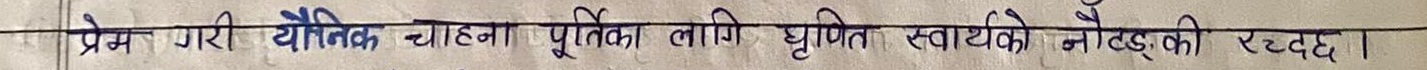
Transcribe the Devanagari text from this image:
प्रेम गरी यौनिक चाहनापूर्तिका लागि घृणित स्वार्थको मौलाउदो की रटदछा।